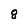
Character: 8